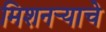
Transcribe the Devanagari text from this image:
मिशनर्‍याचे